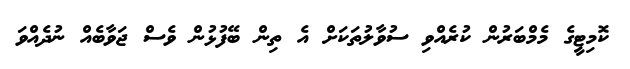
ކޮމިޓީގެ މެމްބަރުން ކުރެއްވި ސުވާލުތަކަށް އެ ތިން ބޭފުޅުން ވެސް ޖަވާބެއް ނުދެއްވަ